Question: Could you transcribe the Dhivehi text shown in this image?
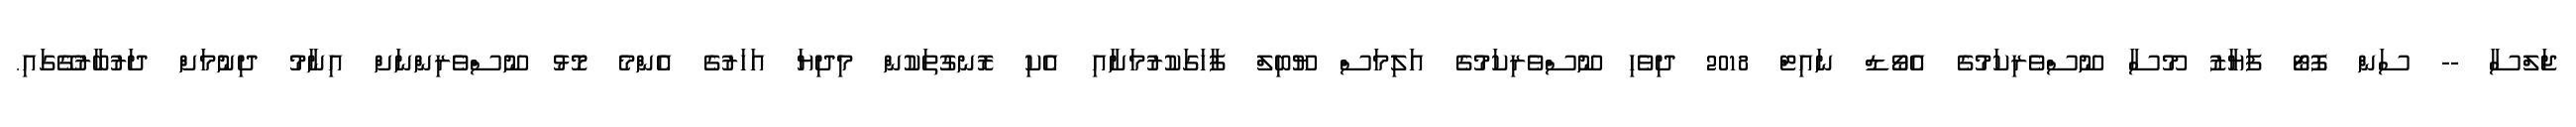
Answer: ޖަލްސާ -- ސަން ފޮޓޯ ފަޔާޒު މޫސާ ނޫސްވެރިކަމުގެ އެވޯޑް ނައިޓް 2018 ދިވެހި ނޫސްވެރިކަމުގެ އަލިމަސް ޔޫބިލް ފާހަގަކުރުމަށާއި އެކި ރޮނގުތަކުން މިދިޔަ އަހަރުގެ އެންމެ މޮޅު ނޫސްވެރިންނަށް އިނާމު ދިނުމަށް ދަރުބާރުގޭގައި.